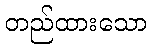
တည်ထားသော